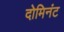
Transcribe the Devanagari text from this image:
दोमिनंट